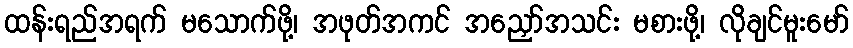
ထန်းရည်အရက် မသောက်ဖို့၊ အဖုတ်အကင် အညှော်အသင်း မစားဖို့၊ လိုချင်မူးမော်